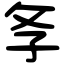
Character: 𢻯